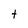
Character: t